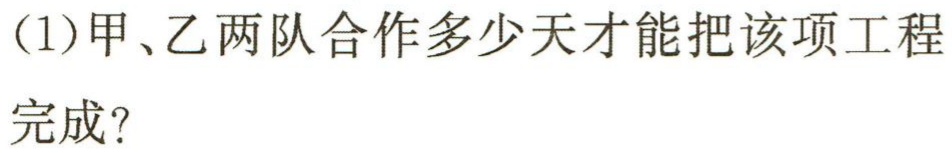
(1)甲、乙两队合作多少天才能把该项工程

完成？